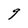
Character: g